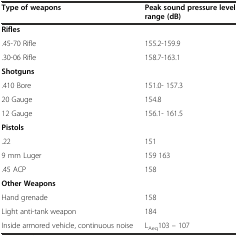
<table><thead><tr><td><b>Type of weapons</b></td><td><b>Peak sound pressure level range (dB)</b></td></tr></thead><tbody><tr><td><b>Rifles</b></td><td></td></tr><tr><td>.45-70 Rifle</td><td>155.2-159.9</td></tr><tr><td>.30-06 Rifle</td><td>158.7-163.1</td></tr><tr><td><b>Shotguns</b></td><td></td></tr><tr><td>.410 Bore</td><td>151.0- 157.3</td></tr><tr><td>20 Gauge</td><td>154.8</td></tr><tr><td>12 Gauge</td><td>156.1- 161.5</td></tr><tr><td><b>Pistols</b></td><td></td></tr><tr><td>.22</td><td>151</td></tr><tr><td>9 mm Luger</td><td>159 163</td></tr><tr><td>.45 ACP</td><td>158</td></tr><tr><td><b>Other Weapons</b></td><td></td></tr><tr><td>Hand grenade</td><td>158</td></tr><tr><td>Light anti-tank weapon</td><td>184</td></tr><tr><td>Inside armored vehicle, continuous noise</td><td>L<sub>Aeq</sub>103 – 107</td></tr></tbody></table>